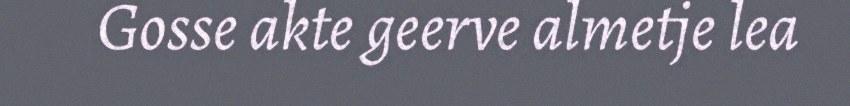
Gosse akte geerve almetje lea